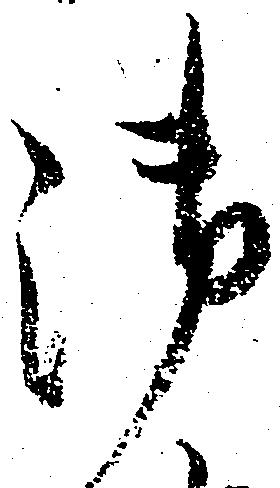
御